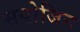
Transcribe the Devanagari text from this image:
सयोजिन